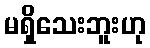
မရှိသေးဘူးဟု